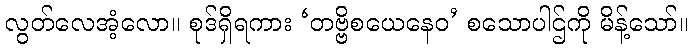
လွတ်လေအံ့လော။ စုဒ်ရှိရကား ‘တဗ္ဗိစယေနေဝ’ စသောပါဌ်ကို မိန့်သော်။